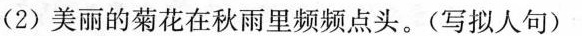
(2)美丽的菊花在秋雨里频频点头。(写拟人句)